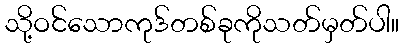
သို့ဝင်သောကုဒ်တစ်ခုကိုသတ်မှတ်ပါ။